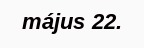
május 22.